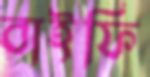
বাইফি